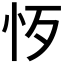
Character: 𢗚